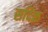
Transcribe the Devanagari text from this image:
सदिक़